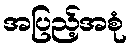
အပြည့်အစုံ